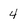
Character: 4